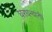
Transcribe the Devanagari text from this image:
घरधन्यांनी